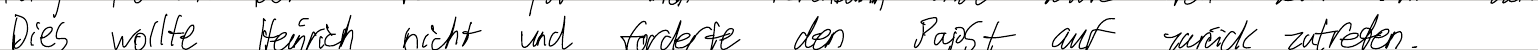
Dies wollte Heinrich nicht und forderte den Papst auf zurück zutreten.